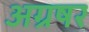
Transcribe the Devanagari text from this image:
अग्रषर